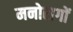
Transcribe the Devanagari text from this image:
मनोरागों